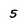
Character: 5